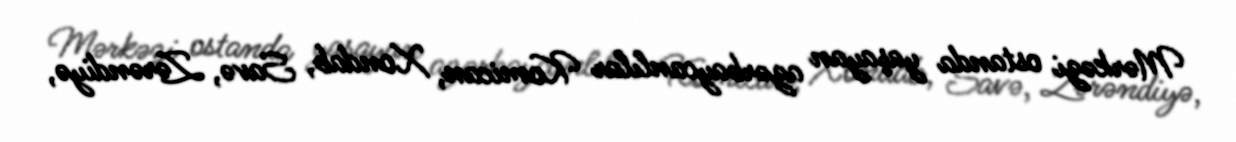
Mərkəzi ostanda yaşayan azərbaycanlılar Komican, Xondab, Savə, Zərəndiyə,